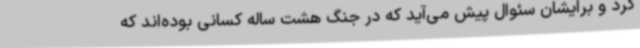
کرد و برایشان سئوال پیش می‌آید که در جنگ هشت ساله کسانی بوده‌اند که